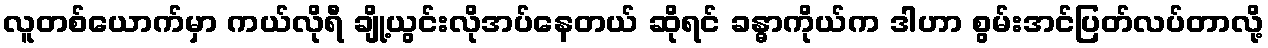
လူတစ်ယောက်မှာ ကယ်လိုရီ ချို့ယွင်းလိုအပ်နေတယ် ဆိုရင် ခန္ဓာကိုယ်က ဒါဟာ စွမ်းအင်ပြတ်လပ်တာလို့